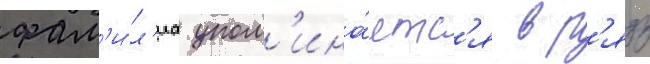
фам'и́л'иа упом'ина́етс'я в р'яду